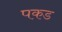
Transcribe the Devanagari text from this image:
पकड